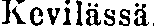
Kevilässä.